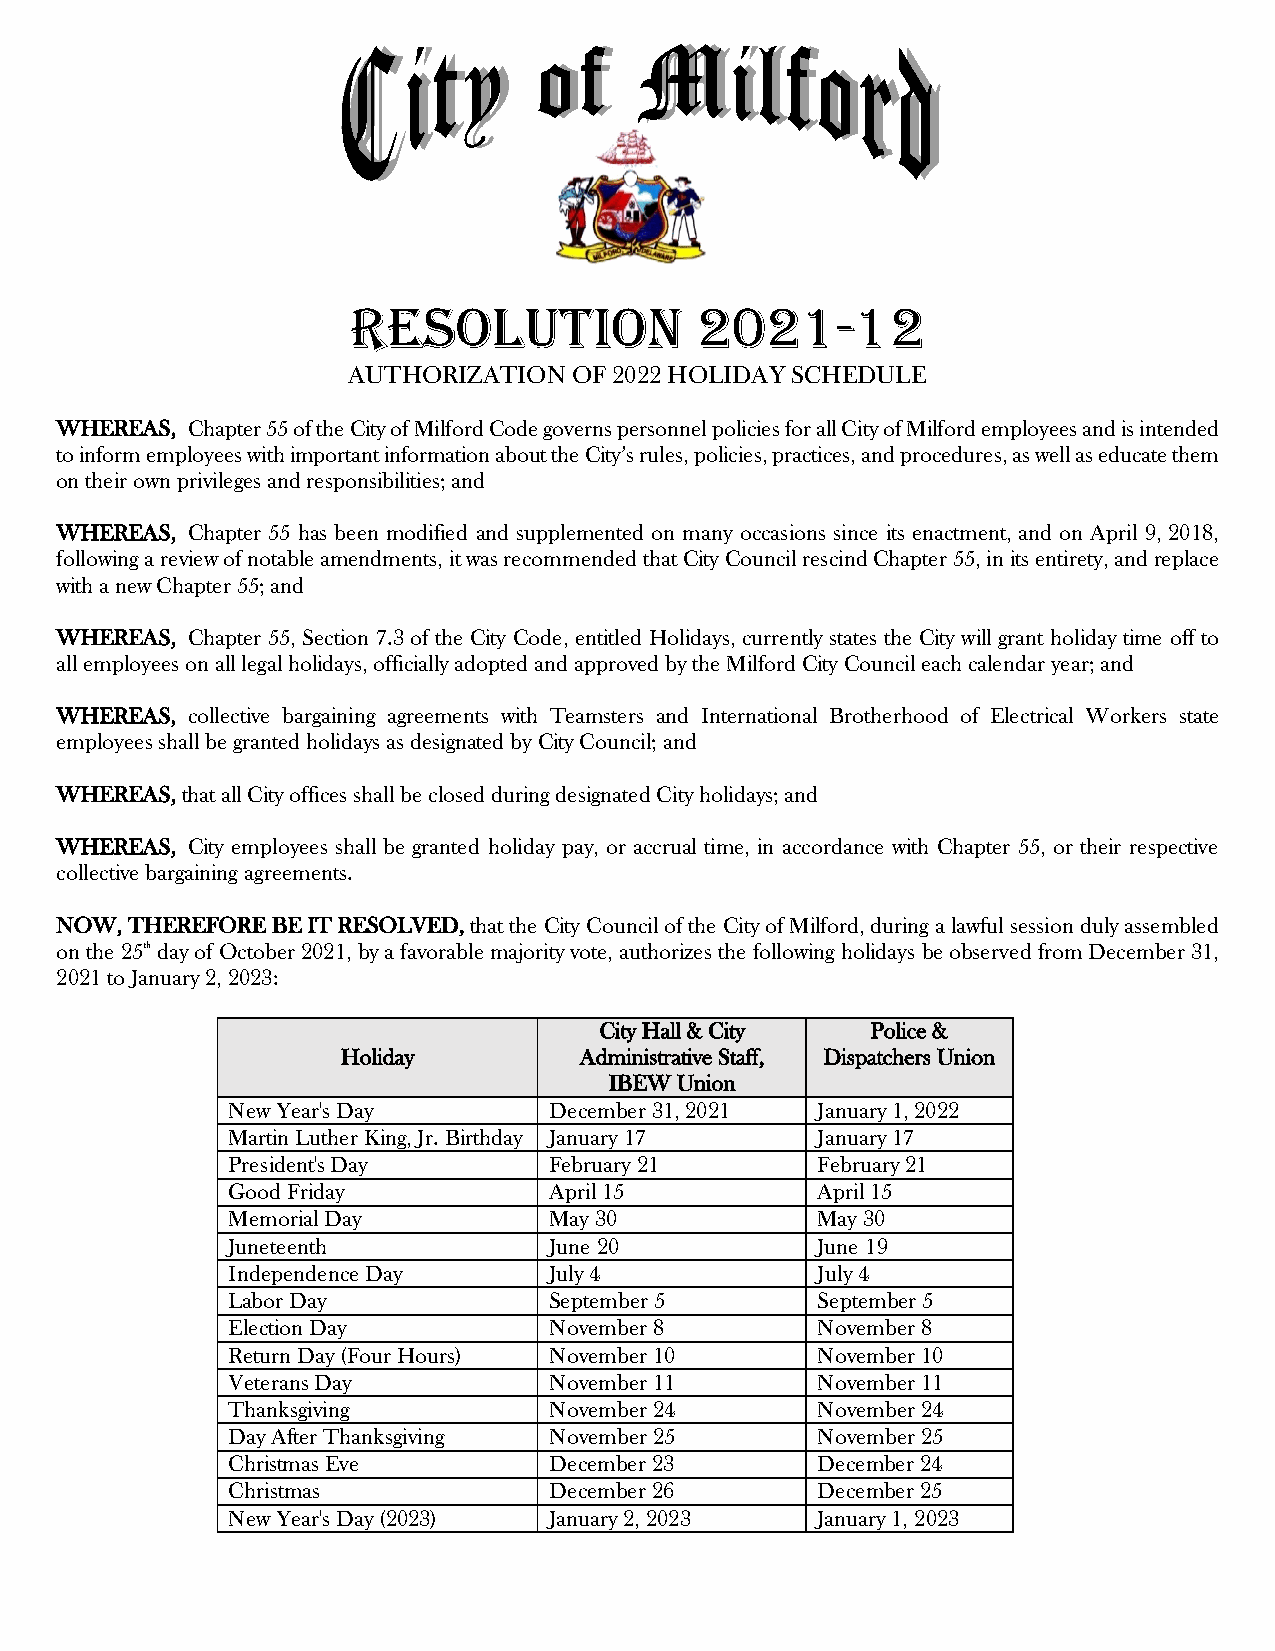
RESOLUTION             2021-12
 AUTHORIZATION  OF 2022 HOLIDAY SCHEDULE
 WHEREAS, Chapter 55 of the City of Milford Code governs personnel policies for all City of Milford employees and is intended
 to inform employees with important information about the City’s rules, policies, practices, and procedures, as well as educate them
 on their own privileges and responsibilities; and
 WHEREAS, Chapter 55 has been modified and supplemented on many occasions since its enactment, and on April 9, 2018,
 following a review of notable amendments, it was recommended that City Council rescind Chapter 55, in its entirety, and replace
 with a new Chapter 55; and
 WHEREAS, Chapter 55, Section 7.3 of the City Code, entitled Holidays, currently states the City will grant holiday time off to
 all employees on all legal holidays, officially adopted and approved by the Milford City Council each calendar year; and
 WHEREAS, collective bargaining agreements with Teamsters and International Brotherhood of Electrical Workers state
 employees shall be granted holidays as designated by City Council; and
 WHEREAS, that all City offices shall be closed during designated City holidays; and
 WHEREAS, City employees shall be granted holiday pay, or accrual time, in accordance with Chapter 55, or their respective
 collective bargaining agreements.
 NOW, THEREFORE BE IT RESOLVED, that the City Council of the City of Milford, during a lawful session duly assembled
 on the 25th day of October 2021, by a favorable majority vote, authorizes the following holidays be observed from December 31,
 2021 to January 2, 2023:
 City Hall & City  Police &
 Holiday        Administrative Staff, Dispatchers Union
 IBEW Union
 New Year's Day       December 31, 2021 January 1, 2022
 Martin Luther King, Jr. Birthday January 17 January 17
 President's Day      February 21       February 21
 Good Friday          April 15          April 15
 Memorial Day         May 30            May 30
 Juneteenth           June 20           June 19
 Independence Day     July 4            July 4
 Labor Day            September 5       September 5
 Election Day         November 8        November 8
 Return Day (Four Hours) November 10    November 10
 Veterans Day         November 11       November 11
 Thanksgiving         November 24       November 24
 Day After Thanksgiving November 25     November 25
 Christmas Eve        December 23       December 24
 Christmas            December 26       December 25
 New Year's Day (2023) January 2, 2023  January 1, 2023